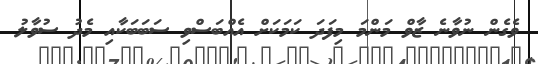
ވެގެން ނުވާނެ ޒާވް މަންމަ މިފަދަ ކަމަކަށް އެއްބަސްވި ސަބަބަކާއި މެދު ސުވާލު